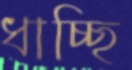
ধাচ্ছি